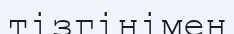
тізгінімен